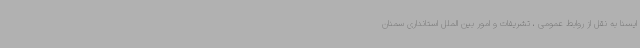
ایسنا به نقل از روابط عمومی ، تشریفات و امور بین الملل استانداری سمنان